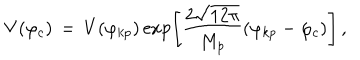
LaTeX: V ( \varphi _ { c } ) \, = \, V ( \varphi _ { k p } ) \exp \Biggr [ \frac { 2 \sqrt { 1 2 \pi } } { M _ { p } } ( \varphi _ { k p } - \varphi _ { c } ) \Biggr ] \, ,